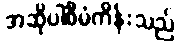
အဆိုပါစီမံကိန်းသည်